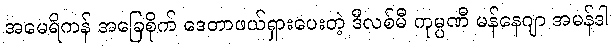
အမေရိကန် အခြေစိုက် ဒေတာဖယ်ရှားပေးတဲ့ ဒီလစ်မီ ကုမ္ပဏီ မန်နေဂျာ အမန်ဒါ